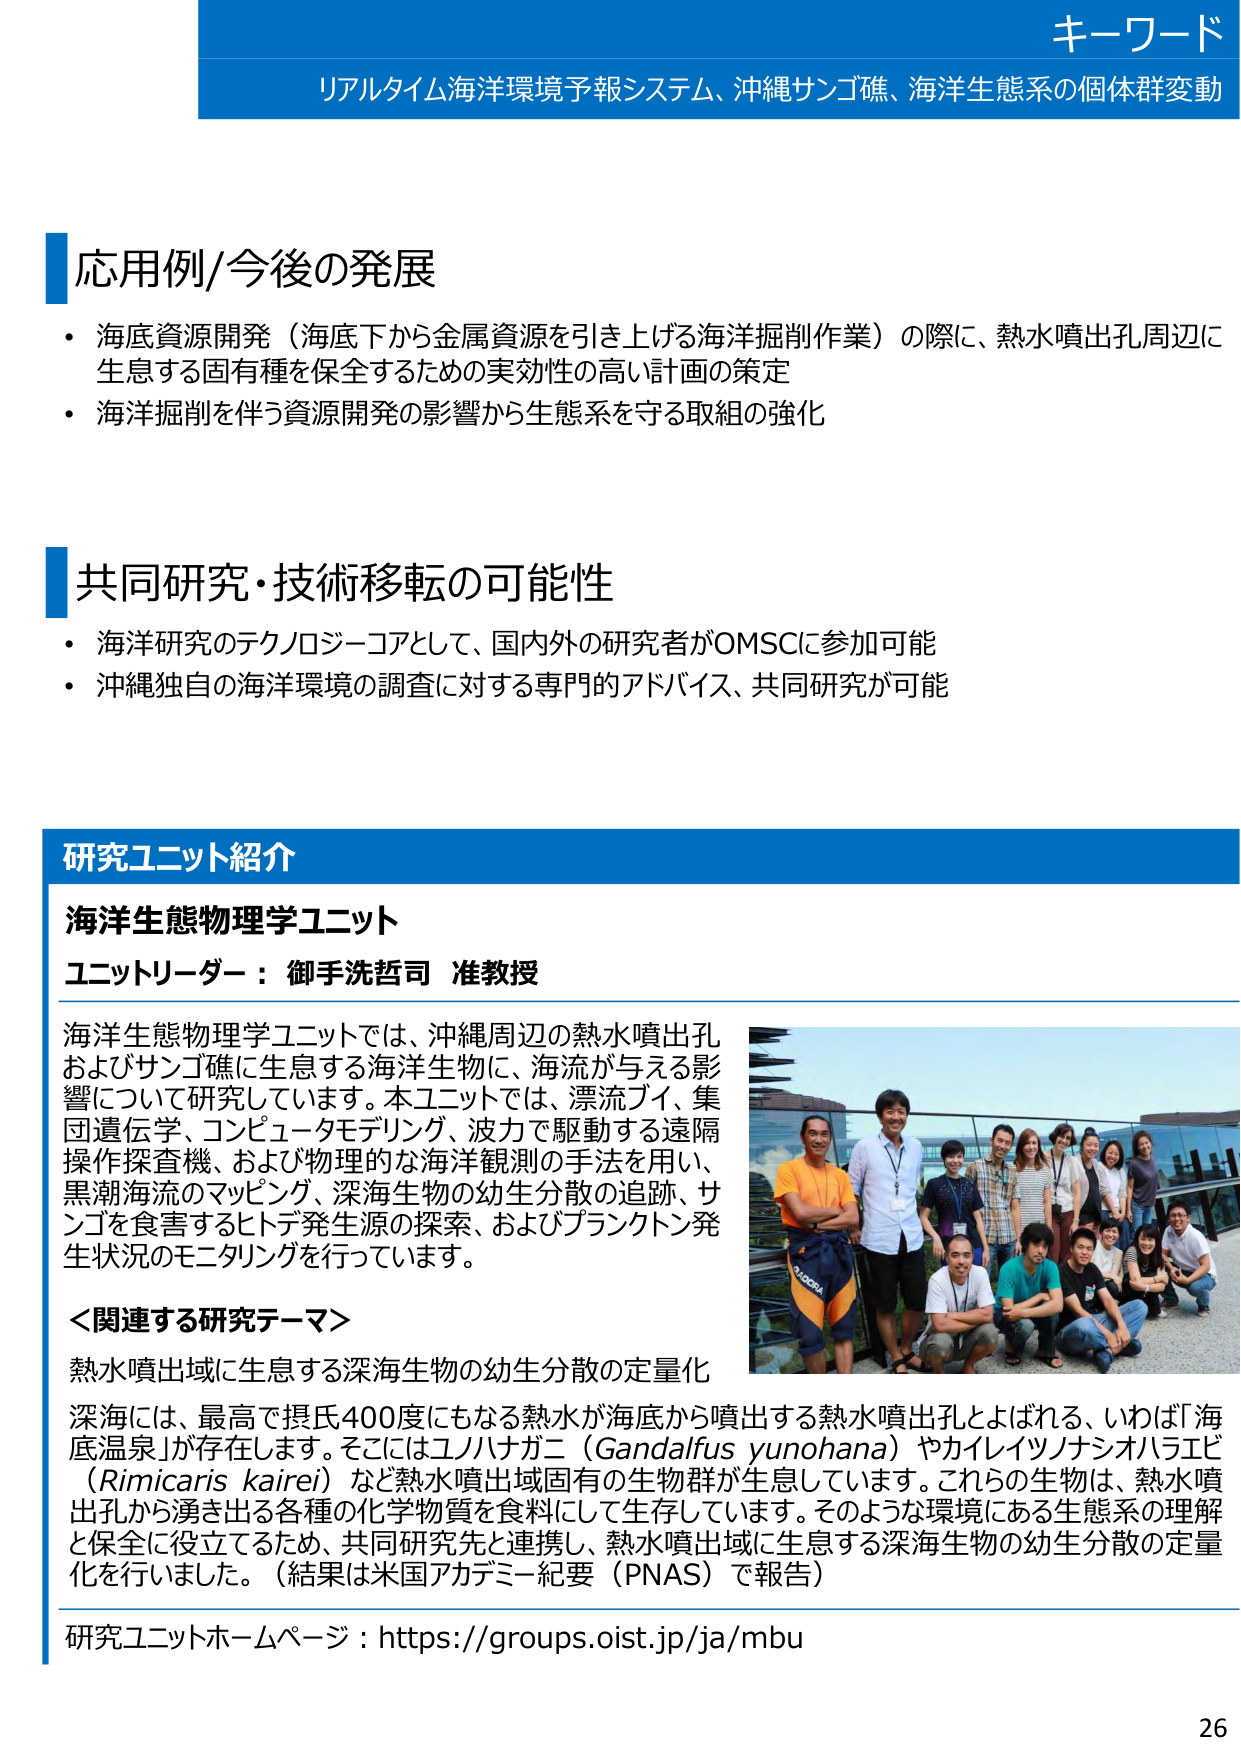
キーワード
リアルタイム海洋環境予報システム、沖縄サンゴ礁、海洋生態系の個体群変動

応用例/今後の発展
・海底資源開発（海底下から金属資源を引き上げる海洋掘削作業）の際に、熱水噴出孔周辺に生息する固有種を保全するための実効性の高い計画の策定
・海洋掘削を伴う資源開発の影響から生態系を守る取組の強化

共同研究・技術移転の可能性
・海洋研究のテクノロジーコアとして、国内外の研究者がOMSCに参加可能
・沖縄独自の海洋環境の調査に対する専門的アドバイス、共同研究が可能

研究ユニット紹介
海洋生態物理学ユニット
ユニットリーダー：御手洗哲司 准教授

海洋生態物理学ユニットでは、沖縄周辺の熱水噴出孔およびサンゴ礁に生息する海洋生物に、海流が与える影響について研究しています。本ユニットでは、漂流ブイ、集団遺伝学、コンピュータモデリング、波力で駆動する遠隔操作探査機、および物理的な海洋観測の手法を用い、黒潮海流のマッピング、深海生物の幼生分散の追跡、サンゴを食害するヒトデ発生源の探索、およびプランクトン発生状況のモニタリングを行っています。

＜関連する研究テーマ＞
熱水噴出域に生息する深海生物の幼生分散の定量化
深海には、最高で摂氏400度にもなる熱水が海底から噴出する熱水噴出孔とよばれる、いわば「海底温泉」が存在します。そこにはユノハナガニ（Gandalfus yunohana）やカイレイツノナシオハラエビ（Rimicaris kairei）など熱水噴出域固有の生物群が生息しています。これらの生物は、熱水噴出孔から湧き出る各種の化学物質を食料にして生存しています。そのような環境にある生態系の理解と保全に役立てるため、共同研究先と連携し、熱水噴出域に生息する深海生物の幼生分散の定量化を行いました。（結果は米国アカデミー紀要（PNAS）で報告）

研究ユニットホームページ：https://groups.oist.jp/ja/mbu

26